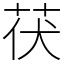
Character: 茯